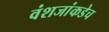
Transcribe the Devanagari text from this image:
वंशजांकडेच